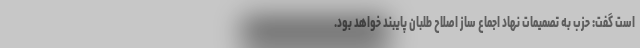
است گفت: حزب به تصمیمات نهاد اجماع ساز اصلاح طلبان پایبند خواهد بود.